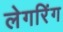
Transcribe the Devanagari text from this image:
लेगरिंग